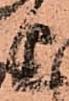
上